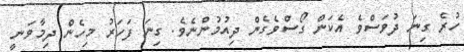
ހުރެ ގިނަ ދުވަސްވެ އެކަން ގޯސްވެގެން ދިއުމުންނެވެ. ގިނަ ފަހަރު މިހެން ދިމާވަނީ